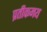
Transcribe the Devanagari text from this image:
प्रतीकमय